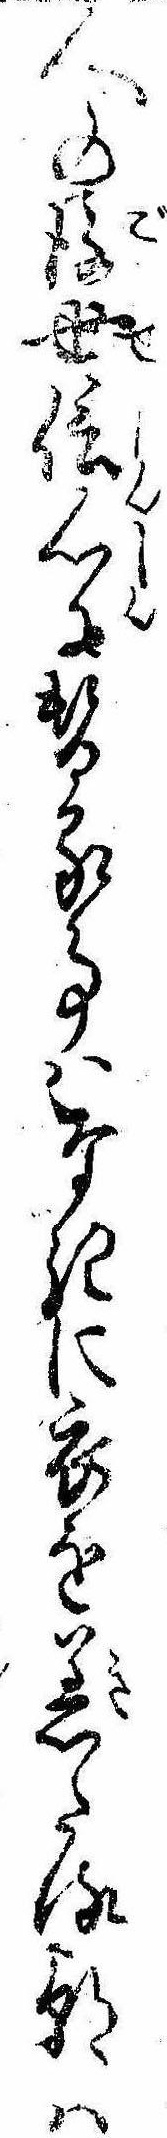
人の後世信心に替る事はなきに衣を着たる朝は